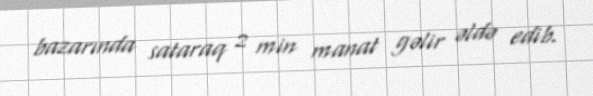
bazarında sataraq 2 min manat gəlir əldə edib.